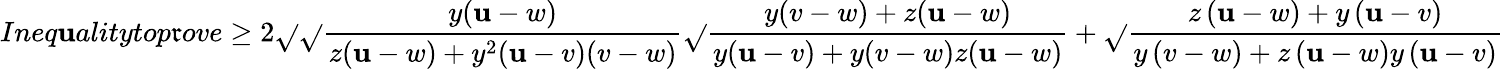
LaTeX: Ineq\mathbf{u}alitytop\mathfrak{r}ove\geq2\sqrt{}{{\sqrt{}{{\frac{{y(\mathbf{u}-w)}}{{z(\mathbf{u}-w)+y^{2}(\mathbf{u}-v)(v-w)}}}}\sqrt{}{{\frac{{y(v-w)+z(\mathbf{u}-w)}}{{y(\mathbf{u}-v)+y(v-w)z(\mathbf{u}-w)}}}}}}+\sqrt{}{{\frac{{z\left(\mathbf{u}-w\right)+y\left(\mathbf{u}-v\right)}}{{y\left(v-w\right)+z\left(\mathbf{u}-w\right)y\left(\mathbf{u}-v\right)}}}}